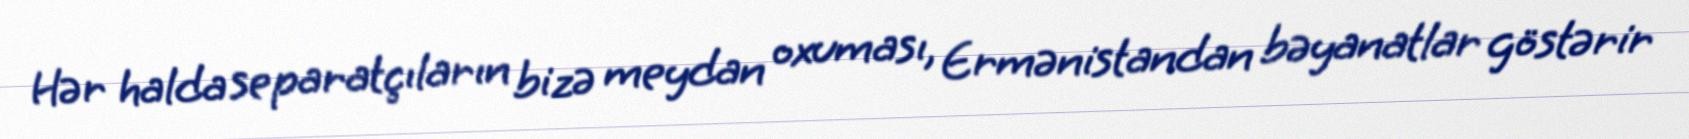
Hər halda separatçıların bizə meydan oxuması, Ermənistandan bəyanatlar göstərir